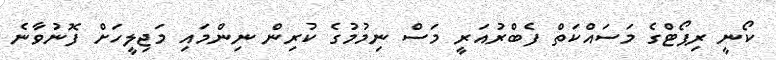
ކޯނީ ރިޕޯޓްގެ މަސައްކަތް ފެބްރުއަރީ މަސް ނިމުމުގެ ކުރިން ނިންމައި މަޖިލީހަށް ފޮނުވާނެ